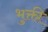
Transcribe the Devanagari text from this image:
भुक्ती